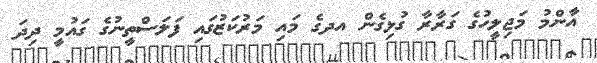
އާންމު މަޖިލީހުގެ ގަރާރާ ގުޅިގެން އދގެ މައި މަރުކަޒުގައި ފަލަސްތީނުގެ ގައުމީ ދިދަ